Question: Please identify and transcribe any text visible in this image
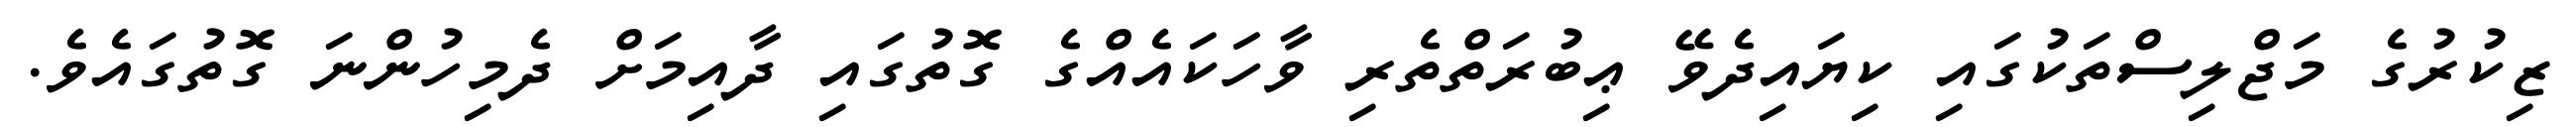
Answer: ޒިކުރުގެ މަޖްލިސްތަކުގައި ކިޔައިދެވޭ ޢިބުރަތްތެރި ވާހަކައެއްގެ ގޮތުގައި ދާއިމަށް ދެމިހުންނަ ގޮތުގައެވެ.